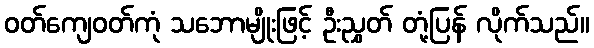
ဝတ်ကျေဝတ်ကုံ သဘောမျိုးဖြင့် ဦးညွှတ် တုံ့ပြန် လိုက်သည်။